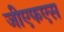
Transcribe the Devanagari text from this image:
जीएफएस